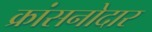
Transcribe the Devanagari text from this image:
क्रांसनोदार